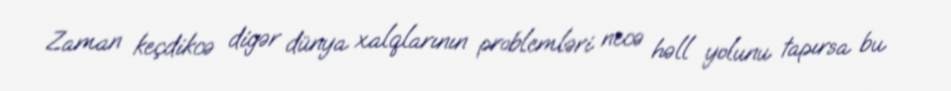
Zaman keçdikcə digər dünya xalqlarının problemləri necə həll yolunu tapırsa bu